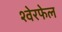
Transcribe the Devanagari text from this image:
श्वेरफेल